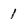
Character: 1